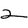
Character: 2